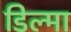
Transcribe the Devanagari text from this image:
डिल्मा